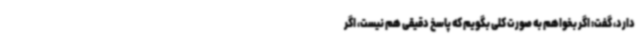
دارد، گفت: اگر بخواهم به صورت کلی بگویم که پاسخ دقیقی هم نیست، اگر